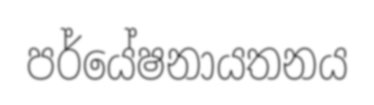
පර්යේෂනායතනය